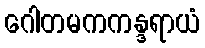
ဂေါတမကကန္ဒရာယံ